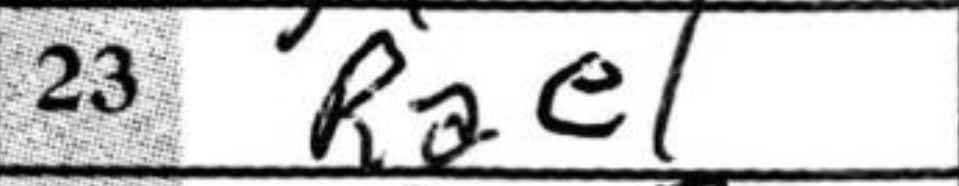
Transcription: Rae1